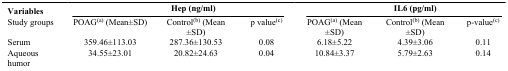
<table><thead><tr><td><b>Variables</b></td><td colspan="3"><b>Hep(ng/ml)</b></td><td colspan="3"><b>IL6 (pg/ml)</b></td></tr></thead><tbody><tr><td>Study groups</td><td>POAG<sup>(a)</sup> (Mean±SD)</td><td>Control<sup>(b)</sup> (Mean±SD)</td><td>p value<sup>(c)</sup></td><td>POAG<sup>(a)</sup> (Mean±SD)</td><td>Control<sup>(b)</sup> (Mean±SD)</td><td>p-value<sup>(c)</sup></td></tr><tr><td>Serum</td><td>359.46±113.03</td><td>287.36±130.53</td><td>0.08</td><td>6.18±5.22</td><td>4.39±3.06</td><td>0.11</td></tr><tr><td>Aqueous humor</td><td>34.55±23.01</td><td>20.82±24.63</td><td>0.04</td><td>10.84±3.37</td><td>5.79±2.63</td><td>0.14</td></tr></tbody></table>